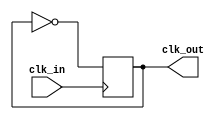
// This program was cloned from: https://github.com/siliconcompiler/scgallery
// License: Apache License 2.0

// See LICENSE.SiFive for license details.

/** This black-boxes a Clock Divider by 2.
  * The output clock is phase-aligned to the input clock.
  * If you use this in synthesis, make sure your sdc
  * declares that you want it to do the same.
  *
  * Because Chisel does not support
  * blocking assignments, it is impossible
  * to create a deterministic divided clock.
  *
  *  @param clk_out Divided Clock
  *  @param clk_in  Clock Input
  *
  */

module ClockDivider2 (output reg clk_out, input clk_in);

   initial clk_out = 1'b0;
   always @(posedge clk_in) begin
      clk_out = ~clk_out; // Must use =, NOT <=
   end

endmodule // ClockDivider2